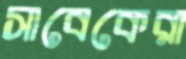
সাবেকেরা